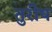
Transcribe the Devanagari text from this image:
तुरीष